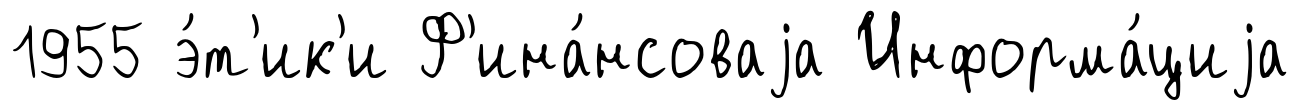
1955 э́т'ик'и Ф'ина́нсоваjа Информа́циjа